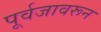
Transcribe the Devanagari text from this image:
पूर्वजावरून